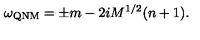
\omega _ { \mathrm { Q N M } } = \pm m - 2 i M ^ { 1 / 2 } ( n + 1 ) .